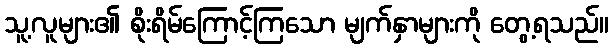
သူ့လူများ၏ စိုးရိမ်ကြောင့်ကြသော မျက်နှာများကို တွေ့ရသည်။